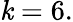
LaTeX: \mathit{k}=6.